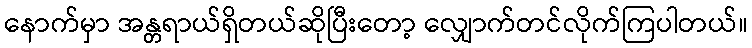
နောက်မှာ အန္တရာယ်ရှိတယ်ဆိုပြီးတော့ လျှောက်တင်လိုက်ကြပါတယ်။